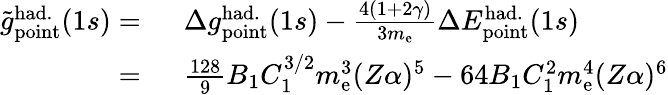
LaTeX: \begin{array}{rl}{\tilde{g}_{\mathrm{point}}^{\mathrm{had.}}(1s)=\ }&{{}\Delta{g}_{\mathrm{point}}^{\mathrm{had.}}(1s)-\frac{4(1+2\gamma)}{3m_{\mathrm{e}}}\Delta{E}_{\mathrm{point}}^{\mathrm{had.}}(1s)}\\ {=\ }&{{}\frac{128}{9}B_{1}C_{1}^{3/2}m_{\mathrm{e}}^{3}(Z\alpha)^{5}-64B_{1}C_{1}^{2}m_{\mathrm{e}}^{4}(Z\alpha)^{6}}\end{array}